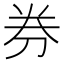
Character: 券